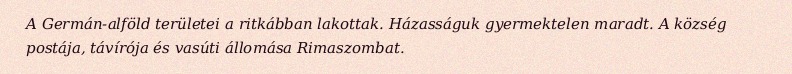
A Germán-alföld területei a ritkábban lakottak. Házasságuk gyermektelen maradt. A község postája, távírója és vasúti állomása Rimaszombat.